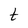
Character: t